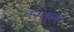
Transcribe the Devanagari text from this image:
नस्तुला